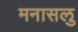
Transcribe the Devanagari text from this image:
मनासलु